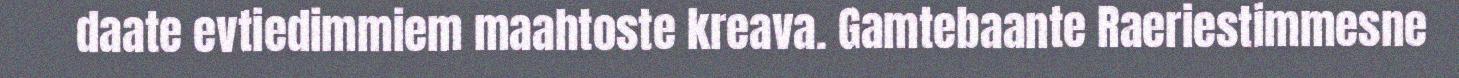
daate evtiedimmiem maahtoste kreava. Gamtebaante Raeriestimmesne